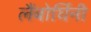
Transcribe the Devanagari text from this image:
लैंबोर्घिनी